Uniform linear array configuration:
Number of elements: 24
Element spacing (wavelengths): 1
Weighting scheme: kaiser
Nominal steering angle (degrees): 45
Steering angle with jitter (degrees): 45.293
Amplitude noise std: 0.05
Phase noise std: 0.05

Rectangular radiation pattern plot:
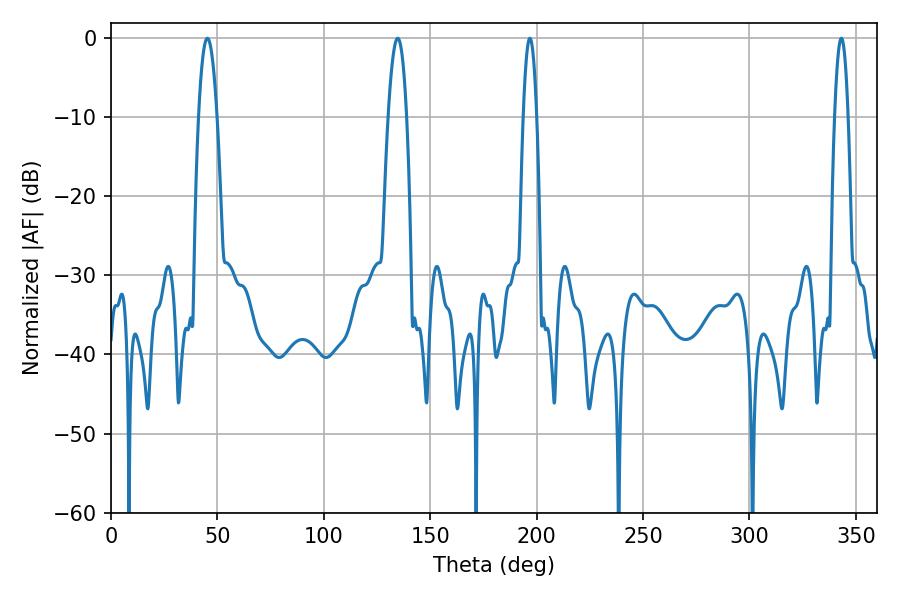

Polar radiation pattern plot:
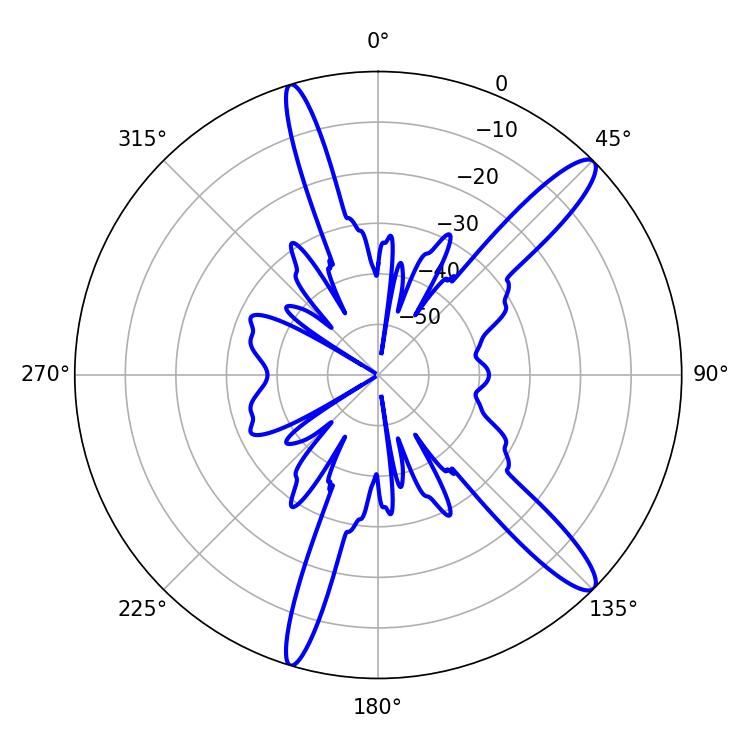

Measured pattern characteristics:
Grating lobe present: TRUE
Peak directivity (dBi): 13.446
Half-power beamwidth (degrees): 4.68
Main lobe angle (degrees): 45.36